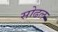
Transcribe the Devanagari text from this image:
सोढल